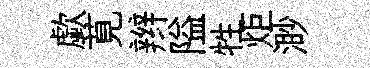
歔莧辫隘牲炬渺